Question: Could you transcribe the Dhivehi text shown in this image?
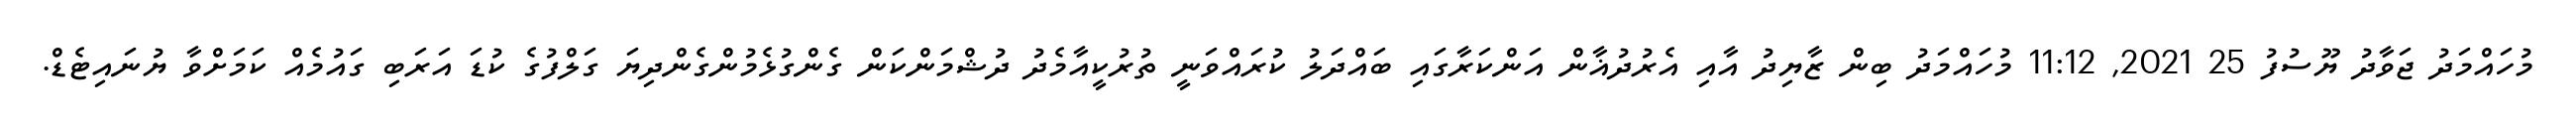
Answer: މުހައްމަދު ޖަވާދު ޔޫސުފު 25 2021, 11:12 މުހައްމަދު ބިން ޒާޔިދު އާއި އެރުދުޣާން އަންކަރާގައި ބައްދަލު ކުރައްވަނީ ތުރުކީއާމެދު ދުޝްމަންކަން ގެންގުޅެމުންގެންދިޔަ ގަލްފުގެ ކުޑަ އަރަބި ގައުމެއް ކަމަށްވާ ޔުނައިޓެޑް.